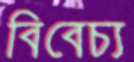
বিবেচ্য